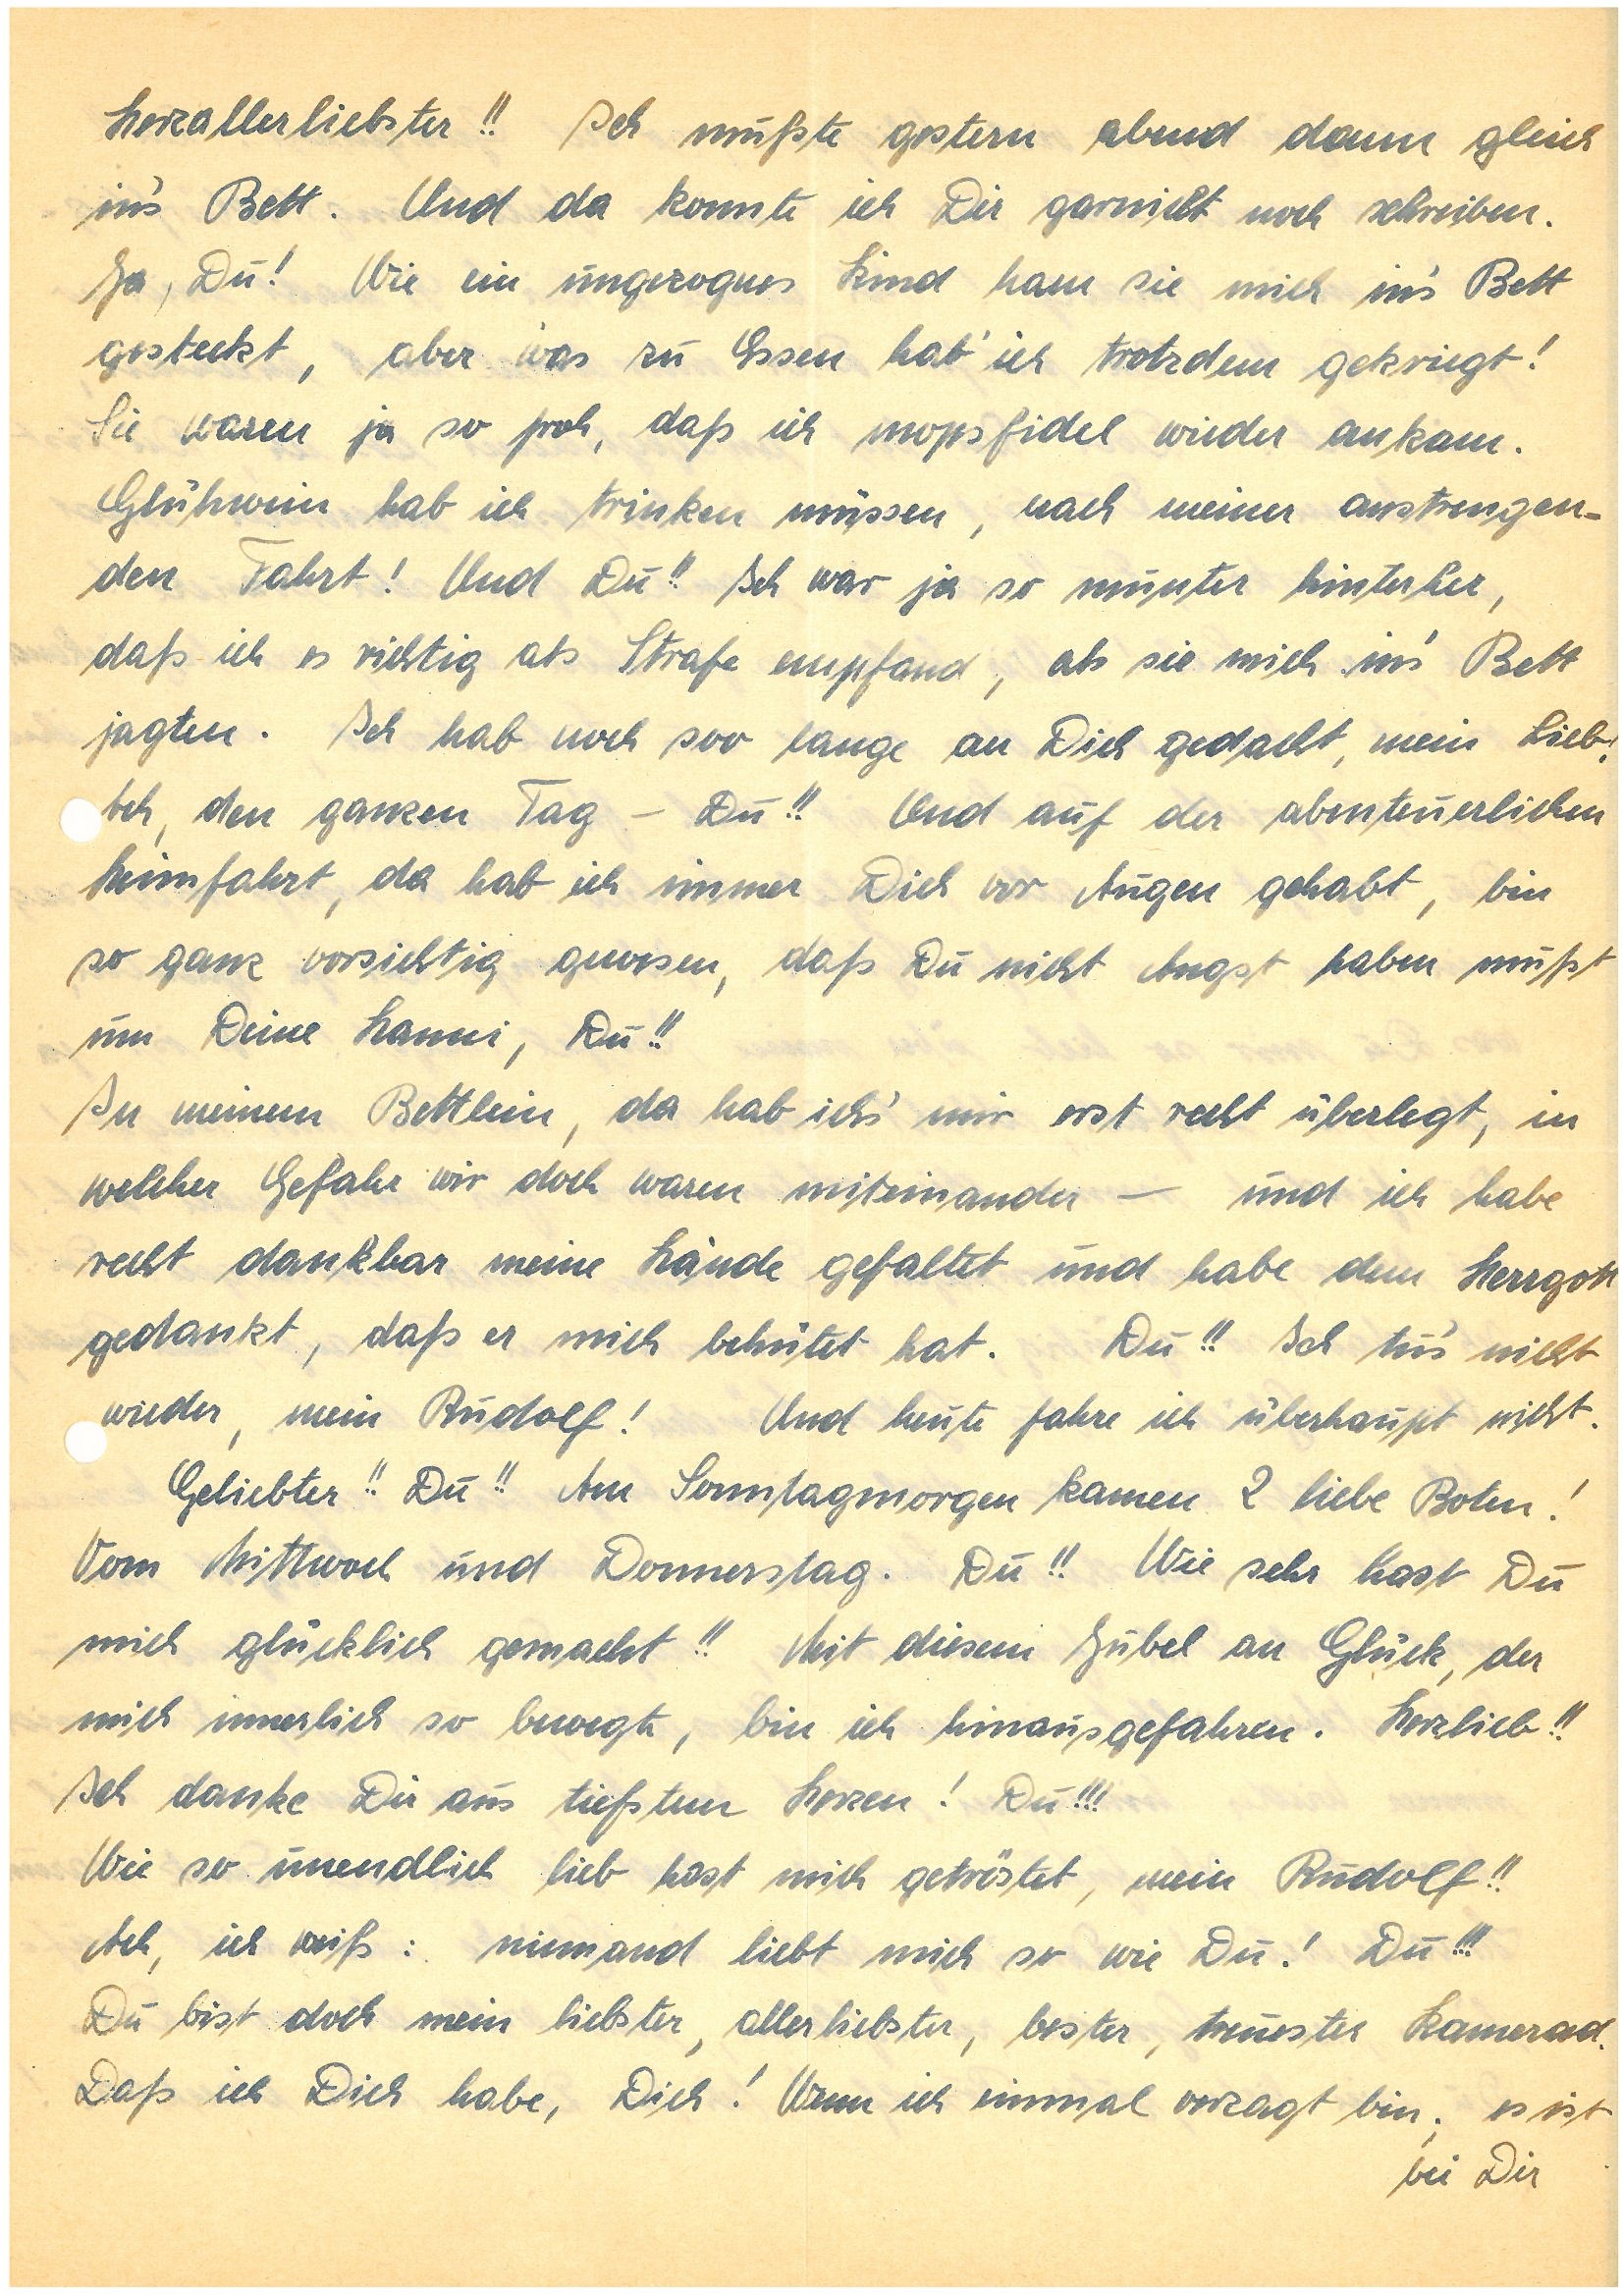
Herzallerliebster!! Ich mußte gestern abend dann gleich
in´s Bett. Und da konnte ich Dir garnicht noch schreiben.
Ja, Du! Wie ein ungezogenes Kind ham sie mich ins Bett
gesteckt. Aber was zu Essen hab’ ich trotzdem gekriegt!
Sie waren ja so froh, daß ich mopsfidel wieder ankam.
Glühwein hab ich trinken müssen, nach meiner anstrengen¬
den Fahrt! Und Du!! Ich war ja so munter hinterher,
daß ich es richtig als Strafe empfand, als sie mich ins’ Bett
jagten. Ich hab noch soo lange an Dich gedacht, mein Lieb.
Ach, den ganzen Tag – Du!! Und auf der abenteuerlichen
Heimfahrt, da hab ich immer Dich vor Augen gehabt, bin
so ganz vorsichtig gewesen, daß Du nicht Angst haben mußt
um Deine , Du!!
In meinem Bettlein, da hab ich’s mir erst recht überlegt, in
welcher Gefahr wir doch waren miteinander – und ich habe
recht dankbar meine Hände gefaltet und dem Herrgott
gedankt, daß er mich behütet hat. Du!! Ich tu’s nicht
wieder, mein ! Und heute fahre ich überhaupt nicht.
Geliebter!! Du!! Am Sonntagmorgen kamen 2 liebe Boten!
Vom Mittwoch und Donnerstag. Du!! Wie sehr hast Du
mich glücklich gemacht!! Mit diesem Jubel an Glück, der
mich innerlich so bewegte, bin ich hinausgefahren. Herzlieb!!
Ich danke Dir aus tiefstem Herzen! Du!!!
Wie so unendlich lieb hast mich getröstet, mein !!
Ach, ich weiß: niemand liebt mich sowie Du! Du!!!
Du bist doch mein liebster, allerliebster, bester, treuester Kamerad.
Daß ich Dich habe, Dich! Wenn ich einmal verzagt bin; es ist
bei Dir